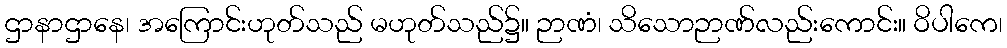
ဌာနာဌာနေ၊ အကြောင်းဟုတ်သည် မဟုတ်သည်၌။ ဉာဏံ၊ သိသောဉာဏ်လည်းကောင်း။ ဝိပါကေ၊